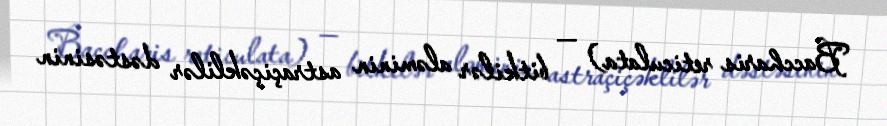
Baccharis reticulata) — bitkilər aləminin astraçiçəklilər dəstəsinin